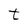
Character: t